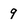
Character: 9